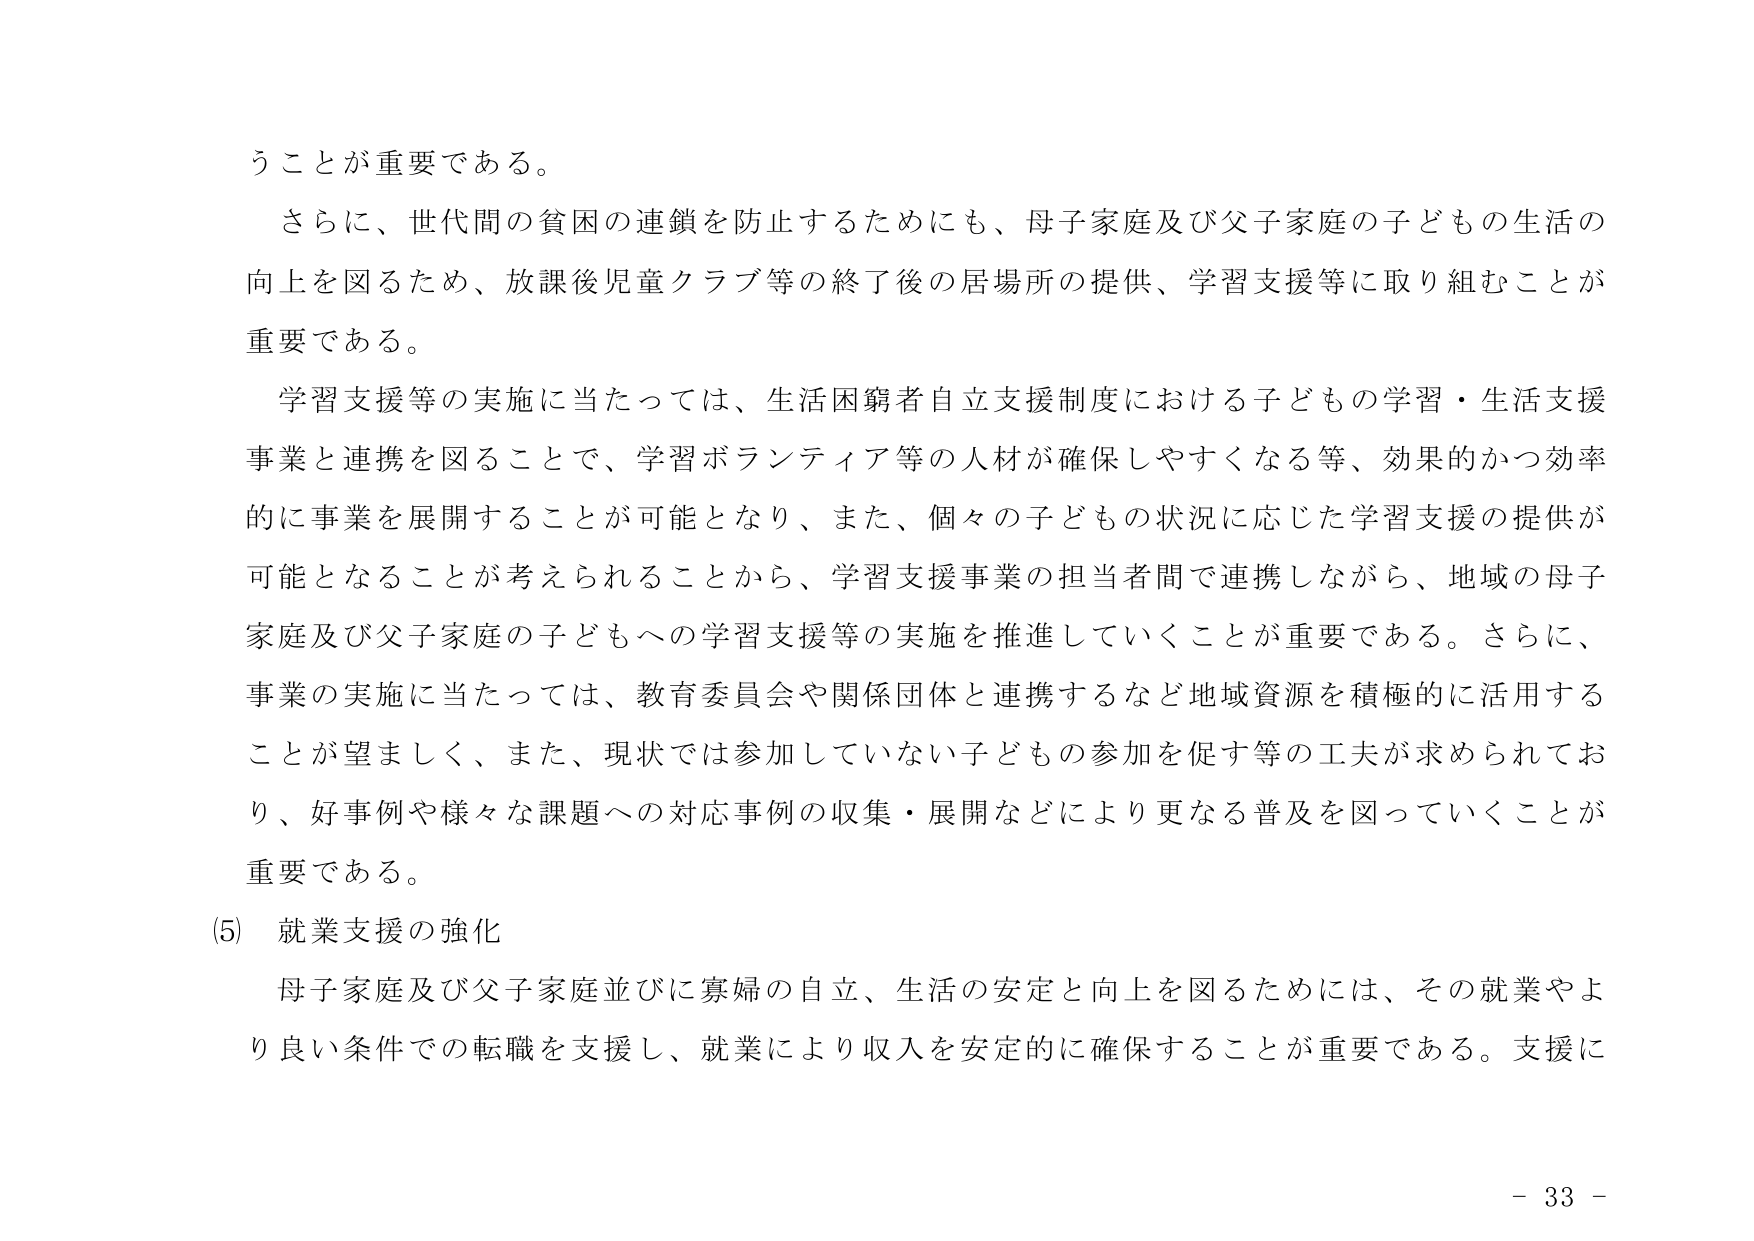
うことが重要である。

さらに、世代間の貧困の連鎖を防止するためにも、母子家庭及び父子家庭の子どもの生活の向上を図るため、放課後児童クラブ等の終了後の居場所の提供、学習支援等に取り組むことが重要である。

学習支援等の実施に当たっては、生活困窮者自立支援制度における子どもの学習・生活支援事業と連携を図ることで、学習ボランティア等の人材が確保しやすくなる等、効果的かつ効率的に事業を展開することが可能となり、また、個々の子どもの状況に応じた学習支援の提供が可能となることが考えられることから、学習支援事業の担当者間で連携しながら、地域の母子家庭及び父子家庭の子どもへの学習支援等の実施を推進していくことが重要である。さらに、事業の実施に当たっては、教育委員会や関係団体と連携するなど地域資源を積極的に活用することが望ましく、また、現状では参加していない子どもの参加を促す等の工夫が求められており、好事例や様々な課題への対応事例の収集・展開などにより更なる普及を図っていくことが重要である。

(5) 就業支援の強化

母子家庭及び父子家庭並びに寡婦の自立、生活の安定と向上を図るためには、その就業やより良い条件での転職を支援し、就業により収入を安定的に確保することが重要である。支援に

- 33 -